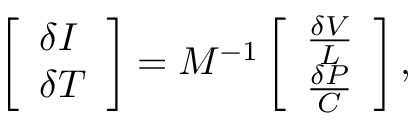
\left[ \begin{array} { l } { \delta I } \\ { \delta T } \end{array} \right] = M ^ { - 1 } \left[ \begin{array} { l } { \frac { \delta V } { L } } \\ { \frac { \delta P } { C } } \end{array} \right] ,